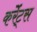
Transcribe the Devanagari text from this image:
कर्रेंट्स